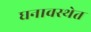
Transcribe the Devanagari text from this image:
घनावस्थेत